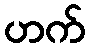
ဟက်